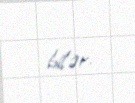
bilər.